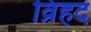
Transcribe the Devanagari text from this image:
व्रिहद